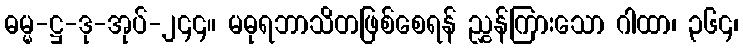
ဓမ္မ-ဋ္ဌ-ဒု-အုပ်-၂၄၄။ မဓုရဘာသိတဖြစ်စေရန် ညွှန်ကြားသော ဂါထာ၊ ၃၆၄၊